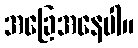
အခြေအနေပါ။